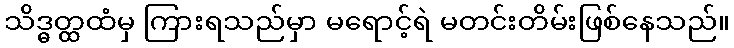
သိဒ္ဓတ္ထထံမှ ကြားရသည်မှာ မရောင့်ရဲ မတင်းတိမ်းဖြစ်နေသည်။